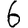
Digit: 6